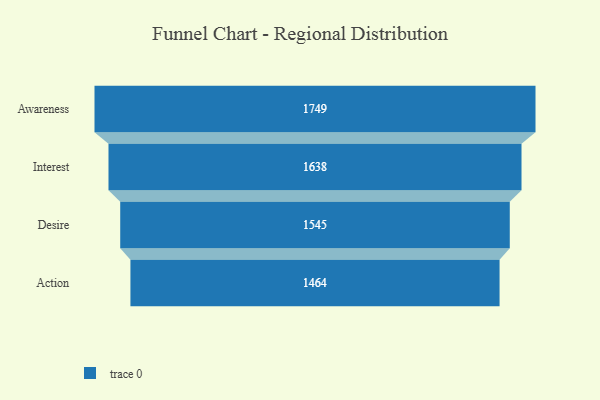
{"axis": {"x": "Stage", "y": "Value"}, "legend": [""], "data": [{"x": "Awareness", "y": 1749.0, "type": ""}, {"x": "Interest", "y": 1638.0, "type": ""}, {"x": "Desire", "y": 1545.0, "type": ""}, {"x": "Action", "y": 1464.0, "type": ""}]}